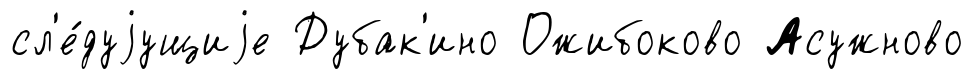
сл'е́дуjущиjе Дубак'ино Ожибоково Асужново